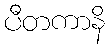
ပီတကာနိ